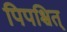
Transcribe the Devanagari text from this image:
पिपश्चित्